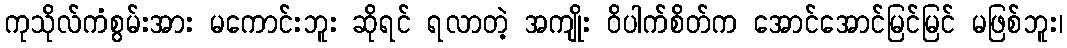
ကုသိုလ်ကံစွမ်းအား မကောင်းဘူး ဆိုရင် ရလာတဲ့ အကျိုး ဝိပါက်စိတ်က အောင်အောင်မြင်မြင် မဖြစ်ဘူး၊